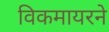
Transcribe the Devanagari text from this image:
विकमायरने